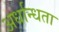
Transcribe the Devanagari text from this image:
अर्धान्धता